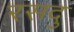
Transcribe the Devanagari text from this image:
रसदु